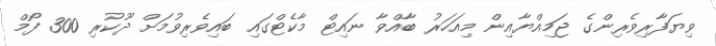
ވިޔަފާރިވެރިންގެ ޖަމިއްޔާއިން މިއަހަރު ބާއްވާ ނައިޓް މާކެޓްގައި ބައިވެރިވުމަށް ދޫކުރި 300 ފޯމް